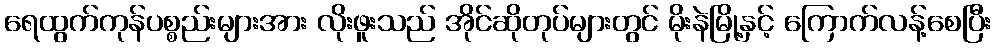
ရေထွက်ကုန်ပစ္စည်းများအား လိုးဖူးသည် အိုင်ဆိုတုပ်များတွင် မိုးနဲမြို့နှင့် ကြောက်လန့်စေပြီး